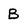
Character: B